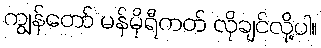
ကျွန်တော် မန်မိုရီကတ် လိုချင်လို့ပါ။